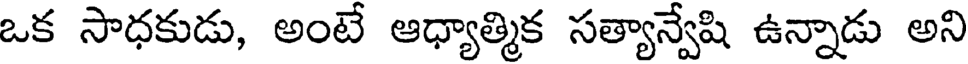
ఒక సాధకుడు, అంటే ఆధ్యాత్మిక సత్యాన్వేషి ఉన్నాడు అని